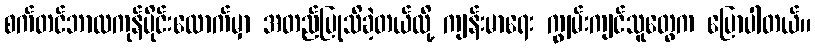
စက်တင်ဘာလကုန်ပိုင်းလောက်မှာ အတည်ပြုသိခဲ့တယ်လို့ ကျန်းမာရေး ကျွမ်းကျင်သူတွေက ပြောပါတယ်။